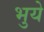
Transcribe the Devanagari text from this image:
भुये